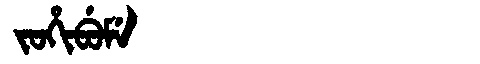
Manchu: ᠵᠣᡥᡳᠪᡠᠮᡝ
Romanization: JOHIBUME